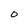
Character: 0